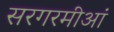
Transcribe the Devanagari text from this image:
सरगरमीआं